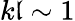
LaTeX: k\mathfrak{l}\sim1